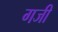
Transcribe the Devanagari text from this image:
गजी